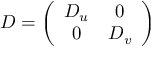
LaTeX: { \cal { D } } = \left( \begin{array} { c c } { { D _ { u } } } & { { 0 } } \\ { { 0 } } & { { D _ { v } } } \end{array} \right)